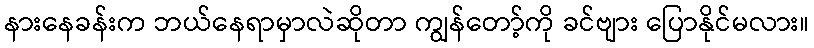
နားနေခန်းက ဘယ်နေရာမှာလဲဆိုတာ ကျွန်တော့်ကို ခင်ဗျား ပြောနိုင်မလား။